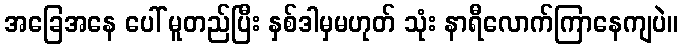
အခြေအနေ ပေါ် မူတည်ပြီး နှစ်ဒါမှမဟုတ် သုံး နာရီလောက်ကြာနေကျပဲ။